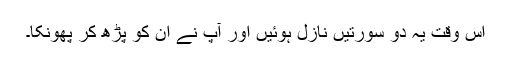
اس وقت یہ دو سورتیں نازل ہوئیں اور آپؐ نے ان کو پڑھ کر پھونکا۔